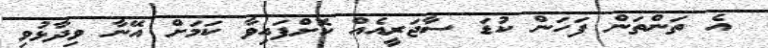
އެ ތަންތަން ފަހަން ކުޑަ ސާޖަރީއެއް ކޮށްފައިވާ ކަމަށް އޭނާ ވިދާޅުވި